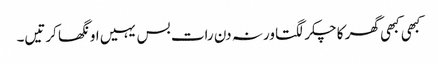
کبھی کبھی گھر کا چکر لگتا ورنہ دن رات بس یہیں اونگھا کرتیں۔